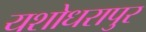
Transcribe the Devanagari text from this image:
यशोधरापुर